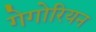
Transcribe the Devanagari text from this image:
गेगोरियन